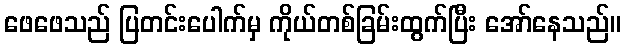
ဖေဖေသည် ပြတင်းပေါက်မှ ကိုယ်တစ်ခြမ်းထွက်ပြီး အော်နေသည်။